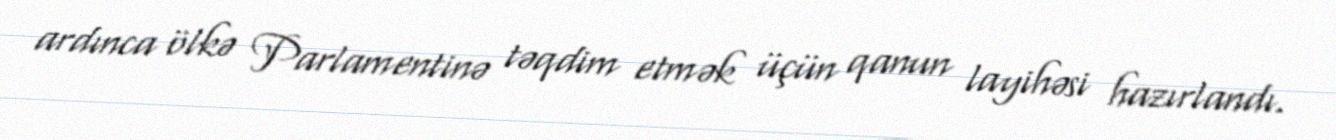
ardınca ölkə Parlamentinə təqdim etmək üçün qanun layihəsi hazırlandı.